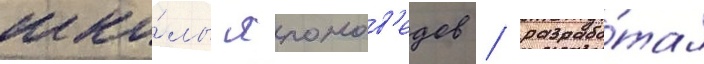
шко́лы японов'едов / разрабо́тал